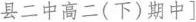
县二中高二(下)期中]